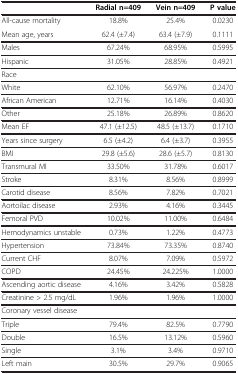
|  | Radial n=409 | Vein n=409 | P value |
 | --- | --- | --- | --- |
 | All-cause mortality | 18.8% | 25.4% | 0.0230 |
 | Mean age, years | 62.4 (±7.4) | 63.4 (±7.9) | 0.1111 |
 | Males | 67.24% | 68.95% | 0.5995 |
 | Hispanic | 31.05% | 28.85% | 0.4921 |
 | Race |  |  |  |
 | White | 62.10% | 56.97% | 0.2470 |
 | African American | 12.71% | 16.14% | 0.4030 |
 | Other | 25.18% | 26.89% | 0.8620 |
 | Mean EF | 47.1 (±12.5) | 48.5 (±13.7) | 0.1710 |
 | Years since surgery | 6.5 (±4.2) | 6.4 (±3.7) | 0.3955 |
 | BMI | 29.8 (±5.6) | 28.6 (±5.7) | 0.8130 |
 | Transmural MI | 33.50% | 31.78% | 0.6017 |
 | Stroke | 8.31% | 8.56% | 0.8999 |
 | Carotid disease | 8.56% | 7.82% | 0.7021 |
 | Aortoilac disease | 2.93% | 4.16% | 0.3445 |
 | Femoral PVD | 10.02% | 11.00% | 0.6484 |
 | Hemodynamics unstable | 0.73% | 1.22% | 0.4773 |
 | Hypertension | 73.84% | 73.35% | 0.8740 |
 | Current CHF | 8.07% | 7.09% | 0.5972 |
 | COPD | 24.45% | 24.225% | 1.0000 |
 | Ascending aortic disease | 4.16% | 3.42% | 0.5828 |
 | Creatinine > 2.5 mg/dL | 1.96% | 1.96% | 1.0000 |
 | Coronary vessel disease |  |  |  |
 | Triple | 79.4% | 82.5% | 0.7790 |
 | Double | 16.5% | 13.12% | 0.5960 |
 | Single | 3.1% | 3.4% | 0.9710 |
 | Left main | 30.5% | 29.7% | 0.9065 |